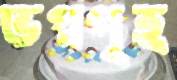
ভগ্নগৃহ